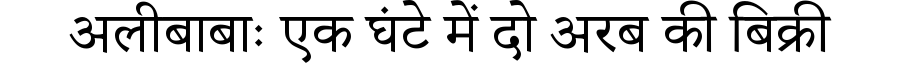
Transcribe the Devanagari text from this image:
अलीबाबाः एक घंटे में दो अरब की बिक्री